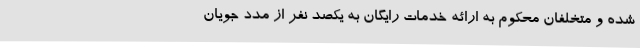
شده و متخلفان محکوم به ارائه خدمات رایگان به یکصد نفر از مدد جویان